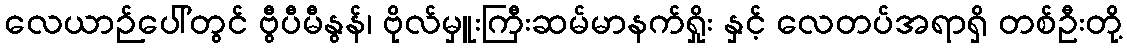
လေယာဉ်ပေါ်တွင် ဗွီပီမီနွန်၊ ဗိုလ်မှူးကြီးဆမ်မာနက်ရှိုး နှင့် လေတပ်အရာရှိ တစ်ဦးတို့